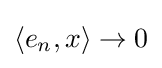
\langle e_{n},x\rangle \rightarrow 0